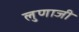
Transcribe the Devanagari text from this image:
लुणाजी